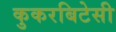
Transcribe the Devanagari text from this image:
कुकरबिटेसी